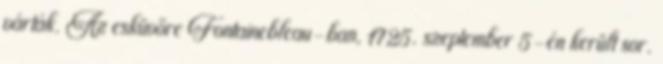
várták. Az esküvőre Fontainebleau-ban, 1725. szeptember 5-én került sor.